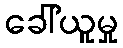
ခေါ်ယူမှု